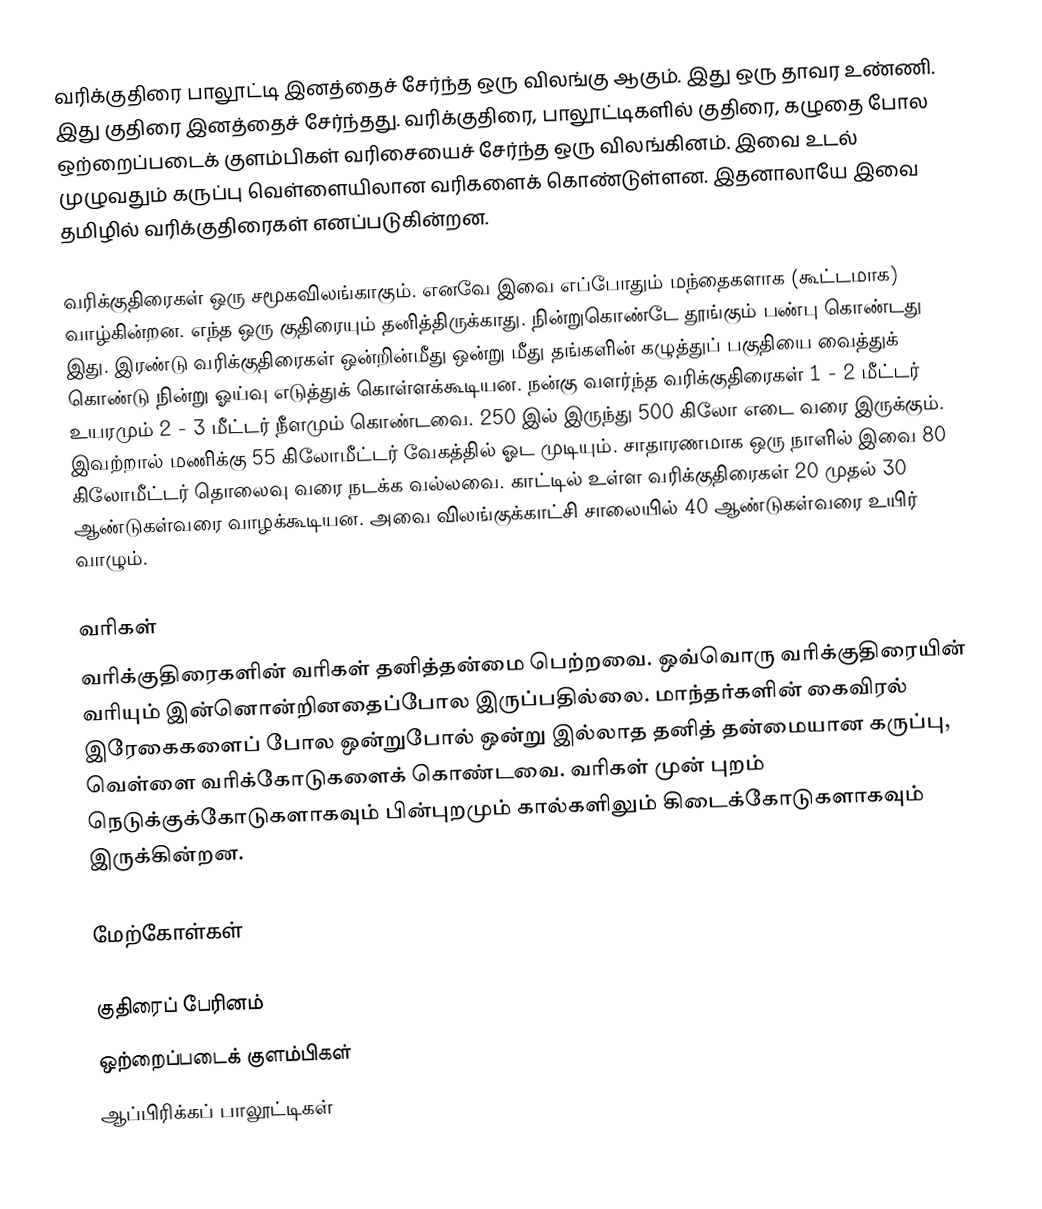
வரிக்குதிரை பாலூட்டி இனத்தைச் சேர்ந்த ஒரு விலங்கு ஆகும். இது ஒரு தாவர உண்ணி. இது குதிரை இனத்தைச் சேர்ந்தது. வரிக்குதிரை, பாலூட்டிகளில் குதிரை, கழுதை போல ஒற்றைப்படைக் குளம்பிகள் வரிசையைச் சேர்ந்த ஒரு விலங்கினம். இவை உடல் முழுவதும் கருப்பு வெள்ளையிலான வரிகளைக் கொண்டுள்ளன. இதனாலாயே இவை தமிழில் வரிக்குதிரைகள் எனப்படுகின்றன.

வரிக்குதிரைகள் ஒரு சமூகவிலங்காகும். எனவே இவை எப்போதும் மந்தைகளாக (கூட்டமாக) வாழ்கின்றன.  எந்த ஒரு குதிரையும் தனித்திருக்காது. நின்றுகொண்டே தூங்கும் பண்பு கொண்டது இது. இரண்டு வரிக்குதிரைகள் ஒன்றின்மீது ஒன்று மீது தங்களின் கழுத்துப் பகுதியை வைத்துக் கொண்டு நின்று ஓய்வு எடுத்துக் கொள்ளக்கூடியன. நன்கு வளர்ந்த வரிக்குதிரைகள் 1 - 2 மீட்டர் உயரமும் 2 - 3 மீட்டர் நீளமும் கொண்டவை. 250 இல் இருந்து 500 கிலோ எடை வரை இருக்கும். இவற்றால் மணிக்கு 55 கிலோமீட்டர் வேகத்தில் ஓட முடியும். சாதாரணமாக ஒரு நாளில் இவை 80 கிலோமீட்டர் தொலைவு வரை நடக்க வல்லவை. காட்டில் உள்ள வரிக்குதிரைகள் 20 முதல் 30 ஆண்டுகள்வரை வாழக்கூடியன. அவை விலங்குக்காட்சி சாலையில் 40 ஆண்டுகள்வரை உயிர் வாழும்.

வரிகள்
வரிக்குதிரைகளின் வரிகள் தனித்தன்மை பெற்றவை. ஒவ்வொரு வரிக்குதிரையின் வரியும் இன்னொன்றினதைப்போல இருப்பதில்லை. மாந்தர்களின் கைவிரல் இரேகைகளைப் போல ஒன்றுபோல் ஒன்று இல்லாத தனித் தன்மையான கருப்பு, வெள்ளை வரிக்கோடுகளைக் கொண்டவை. வரிகள் முன் புறம் நெடுக்குக்கோடுகளாகவும் பின்புறமும் கால்களிலும் கிடைக்கோடுகளாகவும் இருக்கின்றன.

மேற்கோள்கள்

குதிரைப் பேரினம்
ஒற்றைப்படைக் குளம்பிகள்
ஆப்பிரிக்கப் பாலூட்டிகள்